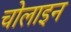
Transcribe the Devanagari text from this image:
चोलाइन